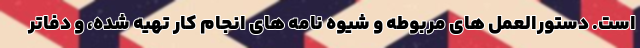
است. دستورالعمل های مربوطه و شیوه نامه های انجام کار تهیه شده، و دفاتر